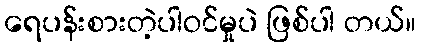
ရေပန်းစားတဲ့ပါဝင်မှုပဲ ဖြစ်ပါ တယ်။